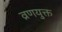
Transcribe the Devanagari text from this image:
व्रणयुक्त